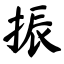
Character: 振